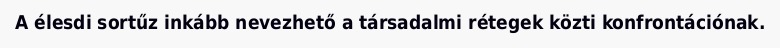
A élesdi sortűz inkább nevezhető a társadalmi rétegek közti konfrontációnak.